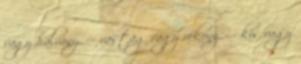
vagy halvány, --- vastag vagy vékony, --- kis vagy